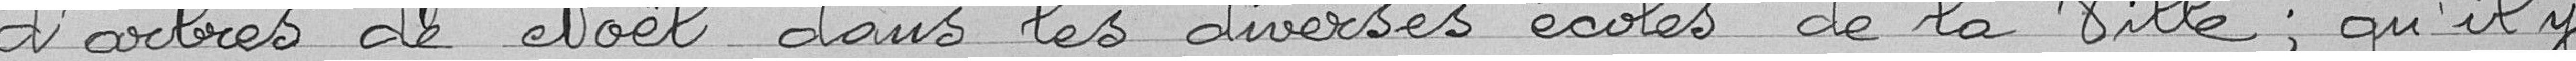
d'arbres de noël dans les diverses écoles de la Ville, qu'il y